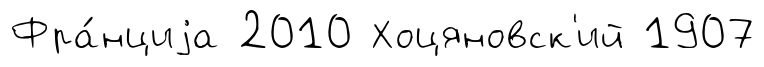
Фра́нциjа 2010 Хоцяновск'ий 1907